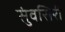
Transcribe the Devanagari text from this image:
सुंवसिरी